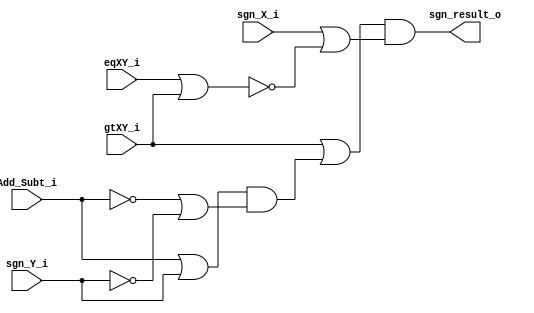
`timescale 1ns / 1ps
//////////////////////////////////////////////////////////////////////////////////
// Company: 
// Engineer: 
// 
// Design Name: 
// Module Name: sgn_result
// Project Name: 
// Target Devices: 
// Tool Versions: 
// Description: 
// 
// Dependencies: 
// 
// Revision:
// Revision 0.01 - File Created
// Additional Comments:
// 
//////////////////////////////////////////////////////////////////////////////////


module sgn_result(
    input wire Add_Subt_i, //Operation bit
    input wire sgn_X_i, //Sign bit of DATA_X
    input wire sgn_Y_i, //Sign bit of DATA_Y
    input wire gtXY_i, // X > Y flag from Magnitude_comparator
    input wire eqXY_i, // X = Y flag from Magnitude_comparator
    output wire sgn_result_o 
    );
    
    assign sgn_result_o = (gtXY_i | ((Add_Subt_i | sgn_Y_i) & (~Add_Subt_i | ~sgn_Y_i))) & ( sgn_X_i | ~(eqXY_i | gtXY_i));
endmodule